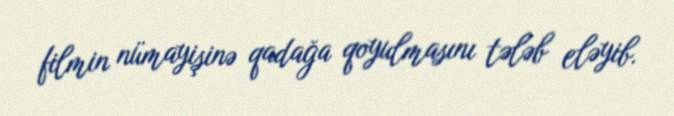
filmin nümayişinə qadağa qoyulmasını tələb eləyib.